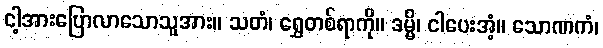
ငါ့အားပြောလာသောသူအား။ သတံ၊ ရွှေတစ်ရာကို။ ဒမ္မိ၊ ငါပေးအံ့။ သောဏကံ၊